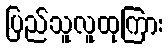
ပြည်သူလူထုကြား